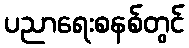
ပညာရေးစနစ်တွင်